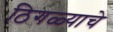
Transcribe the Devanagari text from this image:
ठिगळ्याचे